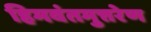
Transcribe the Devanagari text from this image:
हिमवंतमुत्तरेण